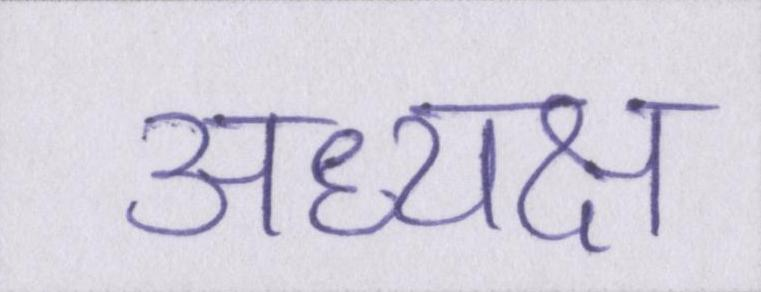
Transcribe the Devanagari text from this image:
अध्यक्ष